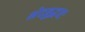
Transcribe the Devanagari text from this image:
भेदबुद्धयः